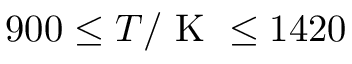
9 0 0 \le T / \mathrm { ~ K ~ } \le 1 4 2 0